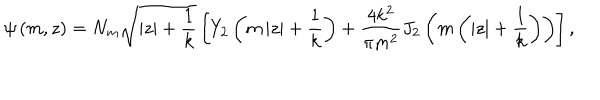
\psi \left( m , z \right) = N _ { m } \sqrt { \left| z \right| + \frac { 1 } { k } } \left[ Y _ { 2 } \left( m \left| z \right| + \frac { 1 } { k } \right) + \frac { 4 k ^ { 2 } } { \pi m ^ { 2 } } J _ { 2 } \left( m \left( \left| z \right| + \frac { 1 } { k } \right) \right) \right] ,